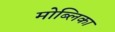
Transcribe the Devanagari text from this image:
मोब्लिका